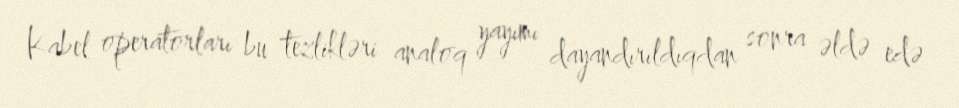
Kabel operatorları bu tezlikləri analoq yayımı dayandırıldıqdan sonra əldə edə